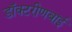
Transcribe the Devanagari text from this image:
डॉक्टरीणबाई